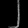
Digit: ၂